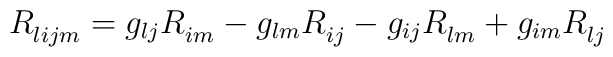
R_{lijm}^{{}}=g_{lj}R_{im}^{{}}-g_{lm}R_{ij}^{{}}-g_{ij}R_{lm}^{{}}+g_{im}R_{lj}^{{}}